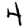
Digit: 4